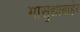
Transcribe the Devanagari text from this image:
मासुद्याबाहेर